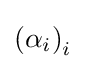
\left(\alpha _{i}\right)_{i}